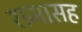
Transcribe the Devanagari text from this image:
रामासह